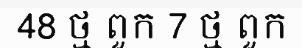
48 ថ្ម ពួក 7 ថ្ម ពួក